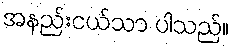
အနည်းငယ်သာ ပါသည်။